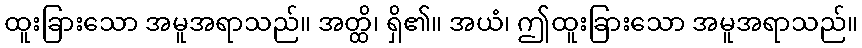
ထူးခြားသော အမူအရာသည်။ အတ္ထိ၊ ရှိ၏။ အယံ၊ ဤထူးခြားသော အမူအရာသည်။